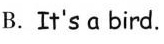
B.It's a bird.